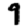
Digit: 9